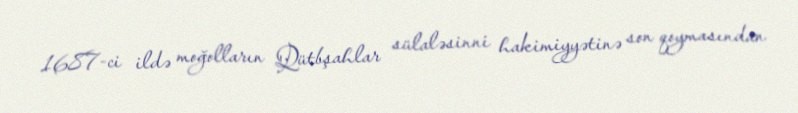
1687-ci ildə moğolların Qütbşahlar sülaləsinni hakimiyyətinə son qoymasından